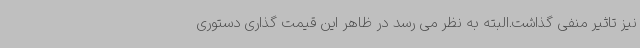
نیز تاثیر منفی گذاشت.البته به نظر می رسد در ظاهر این قیمت گذاری دستوری